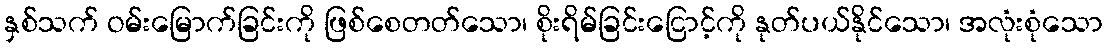
နှစ်သက် ဝမ်းမြောက်ခြင်းကို ဖြစ်စေတတ်သော၊ စိုးရိမ်ခြင်းငြောင့်ကို နုတ်ပယ်နိုင်သော၊ အလုံးစုံသော